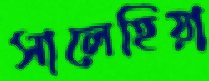
সালেহিয়া